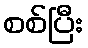
စစ်ပြီး